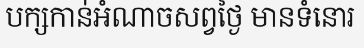
បក្សកាន់អំណាចសព្វថ្ងៃ មានទំនោរ